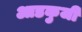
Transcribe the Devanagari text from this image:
आडकुजी